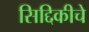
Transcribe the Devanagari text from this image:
सिद्दिकीचे